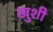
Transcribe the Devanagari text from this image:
खु़शी